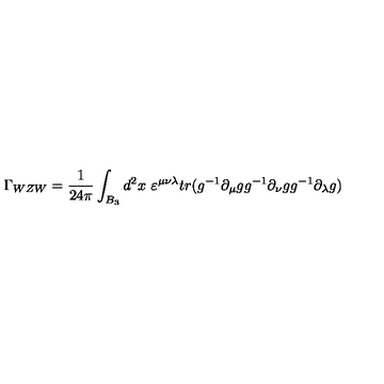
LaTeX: \Gamma _ { W Z W } = { \frac { 1 } { 2 4 \pi } } \int _ { B _ { 3 } } d ^ { 2 } x \ \varepsilon ^ { \mu \nu \lambda } { t r ( g ^ { - 1 } \partial _ { \mu } g g ^ { - 1 } \partial _ { \nu } g g ^ { - 1 } \partial _ { \lambda } g ) }